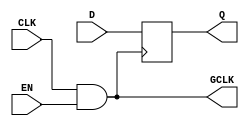
module MemoryBlockClockGating (
    input wire CLK,      // Main clock signal
    input wire EN,       // Enable signal
    output wire GCLK,    // Gated clock signal
    input wire [7:0] D,  // Data input for the memory block
    output reg [7:0] Q   // Data output from the memory block
);

// Gated clock generation using AND gate
assign GCLK = CLK & EN; // Gated clock signal

// Memory block behavior
always @(posedge GCLK) begin
    // Memory operation (e.g., write data when GCLK is high)
    Q <= D; // Simple example of memory operation
end

endmodule